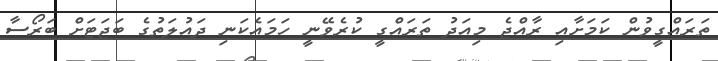
ތަރައްގީވުން ކަމަށާއި ރާއްޖެ މިއަދު ތަރައްގީ ކުރެވޭނީ ހަމައެކަނި ދައުލަތުގެ ބަޖަޓަށް ބަރޯސާ